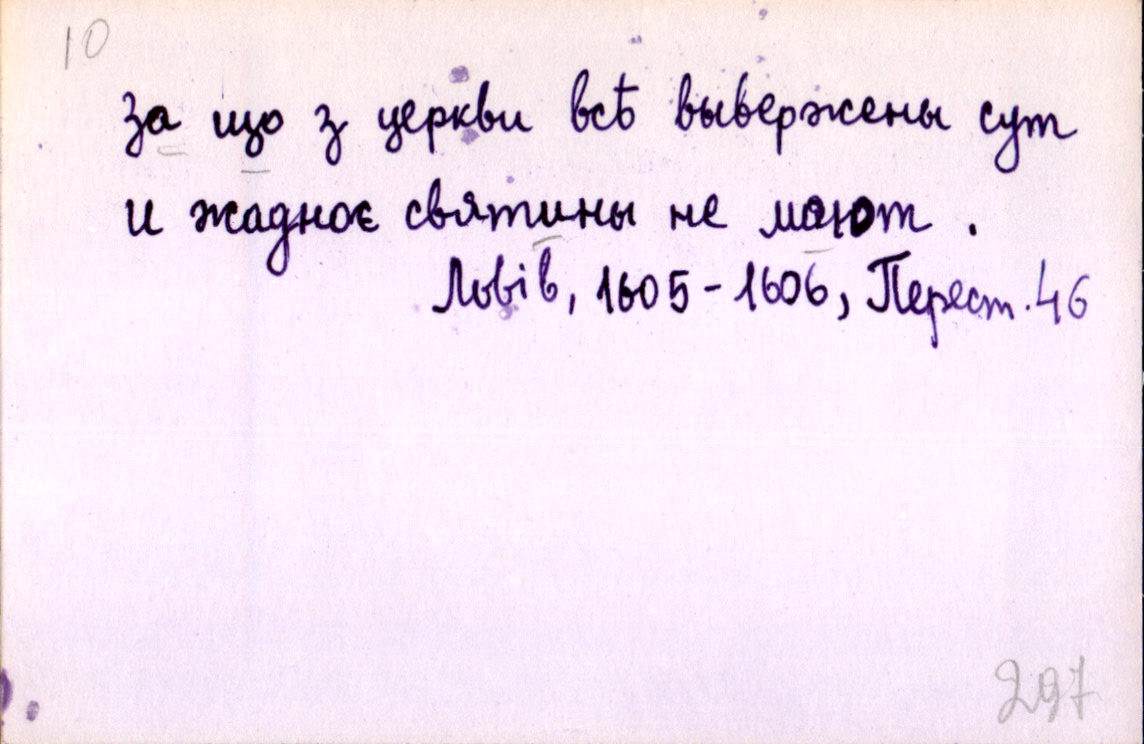
за що з церкви всѣ вывержены сут
и жадноє святины не мают.
Львів, 1605-1606, Перест. 46